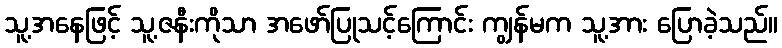
သူ့အနေဖြင့် သူ့ဇနီးကိုသာ အဖော်ပြုသင့်ကြောင်း ကျွန်မက သူ့အား ပြောခဲ့သည်။